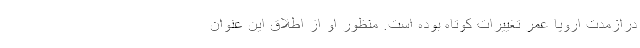
درازمدت اروپا عمر تغییرات کوتاه بوده است. منظور او از اطلاق این عنوان